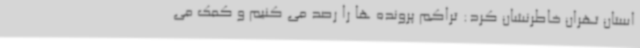
استان تهران خاطرنشان کرد: تراکم پرونده ها را رصد می کنیم و کمک می